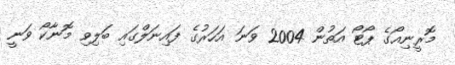
މޮރީނިއޯގެ ޕޯޓޯ އަތުން 2004 ވަނަ އަހަރުގެ ފައިނަލްގައި ބަލިވި މޮނާކޯ ވަނީ